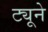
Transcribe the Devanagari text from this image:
ट्यूने